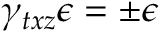
\gamma _ { t x z } \epsilon = \pm \epsilon